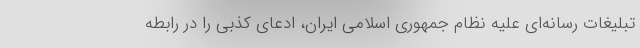
تبلیغات رسانه‌ای علیه نظام جمهوری اسلامی ایران، ادعای کذبی را در رابطه